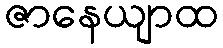
ဇာနေယျာထ